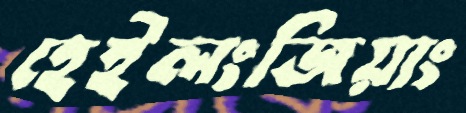
হেইলংজিয়াং